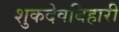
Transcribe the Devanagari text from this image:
शुकदेवबिहारी